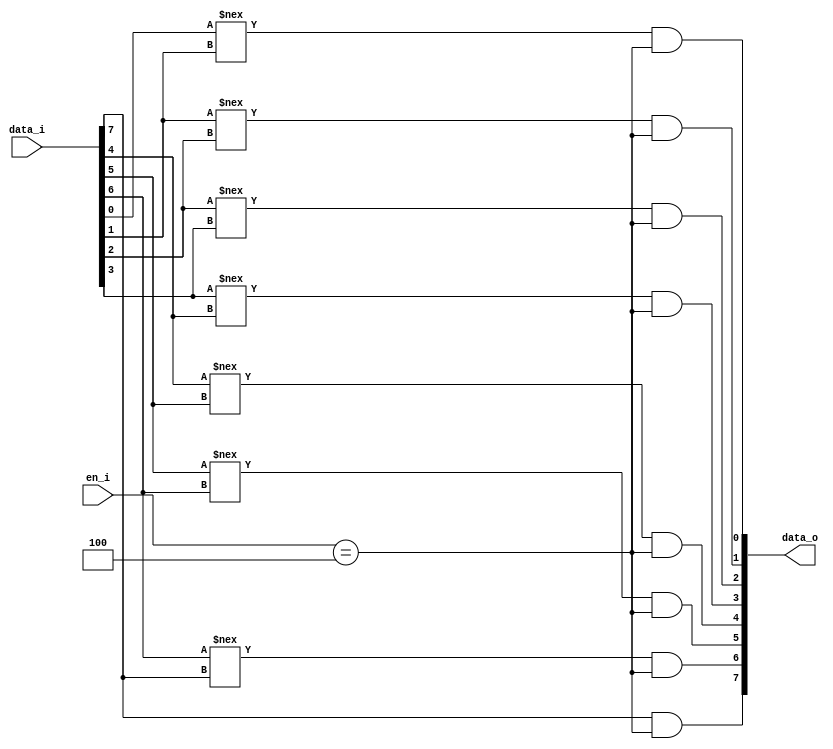
module converter_gray
#(
  parameter WIDTH = 8
)

(
  input   [2:0]           en_i,
  input   [WIDTH - 1:0]   data_i,
  output  [WIDTH - 1:0]   data_o
);

  wire en_out;

  assign en_out = en_i == 3'b100;

  genvar i;
  generate
    for (i = 0; i < WIDTH - 1; i = i + 1) begin
      assign data_o[i] = (data_i[i] !== data_i[i + 1]) && en_out;
    end
  endgenerate

  assign data_o[WIDTH - 1] = data_i[WIDTH - 1] && en_out;

endmodule